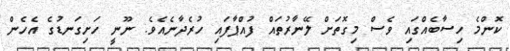
ކޮންމެ ހިސާބެއްގައި ވެސް މިގޮތަށް ލޭނާރުތައް ފުއްޕާފައި ހުރެދާނެއެވެ. ނޫނީ ހަށިގަނޑުގެ އެހެން